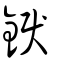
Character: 錑